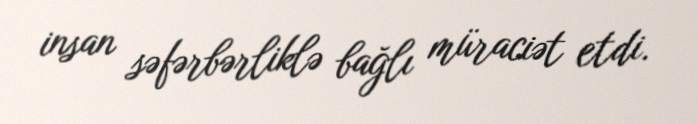
insan səfərbərliklə bağlı müraciət etdi.